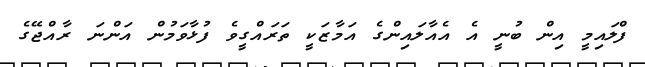
ފްލައިމީ އިން ބުނީ އެ އެއާލައިންގެ އަމާޒަކީ ތަރައްގީވެ ފުޅާވަމުން އަންނަ ރާއްޖޭގެ